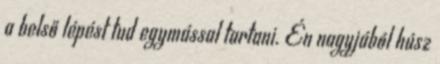
a belső lépést tud egymással tartani. Én nagyjából húsz